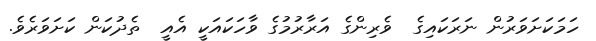
ހަމަކަށަވަރުން ނަރަކައިގެ  ވެރިންގެ އަރާރުމުގެ ވާހަކައަކީ އެއީ  ތެދުކަން ކަށަވަރެވެ.